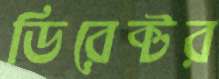
ডিরেক্টর